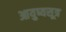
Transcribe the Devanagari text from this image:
आयुष्यसूत्र